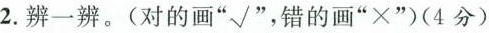
2. 辨一辨。(对的画”√”，错的画”×”)(4分)